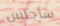
سأجلس